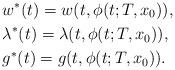
LaTeX: \begin{align*} &w^*(t)=w(t,\phi(t;T,x_0)), \\ &\lambda^*(t)= \lambda(t,\phi(t;T,x_0)), \\ &g^*(t)=g(t,\phi(t;T,x_0)).\end{align*}